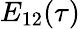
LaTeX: E_{12}(\tau)